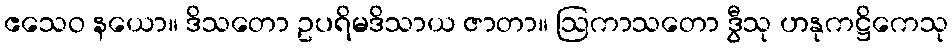
ဧသေဝ နယော။ ဒိသတော ဥပရိမဒိသာယ ဇာတာ။ ဩကာသတော ဒွီသု ဟနုကဋ္ဌိကေသု